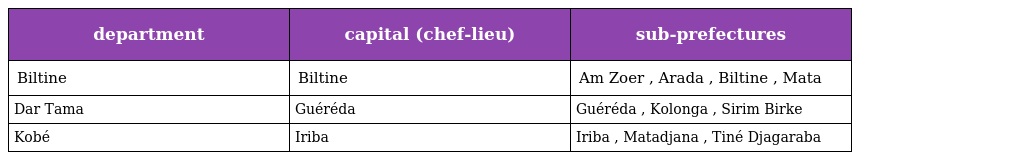
| department | capital (chef-lieu) | sub-prefectures |
 | --- | --- | --- |
 | Biltine | Biltine | Am Zoer , Arada , Biltine , Mata |
 | Dar Tama | Guéréda | Guéréda , Kolonga , Sirim Birke |
 | Kobé | Iriba | Iriba , Matadjana , Tiné Djagaraba |